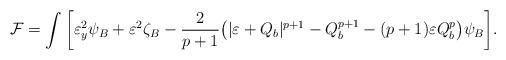
LaTeX: \begin{align*}\mathcal{F}=\int\bigg{[}\varepsilon_y^2\psi_B+\varepsilon^2\zeta_B-\frac{2}{p+1}\big{(}|\varepsilon+Q_b|^{p+1}-Q_b^{p+1}-(p+1)\varepsilon Q_b^p\big{)}\psi_B\bigg{]}.\end{align*}